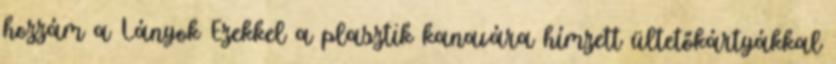
hozzám a Lányok Ezekkel a plasztik kanavára hímzett ültetőkártyákkal